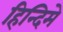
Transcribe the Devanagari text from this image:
हिन्दिमे